Annual statistical returns and brief notes on vaccination in Bengal - 1909-1929
Year: 1909
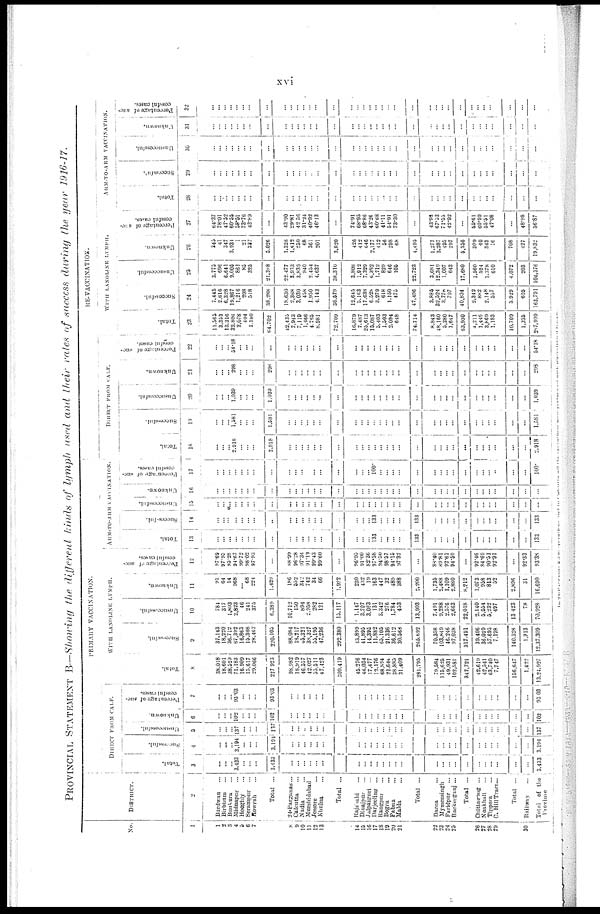
xvi
PROVINCIAL STATEMENT B—Showing the different kinds of lymph used and their rates of success during the year 1916-17.
No.
1
1
2
3
4
5 6
7
8
9
10
11
12
13
14
15
16
17
18
19
20
21
22
23
24 25
26
37
38 29
30
DISTRICT.
2
Burdwan...
Birbhum... ...
Bunkura...
Midnapur...
Hooghly...
Serampur...
Howrah... ...
Total ...
24-Parganas...
Calcutta... ...
Nadia... ...
Murshidabad...
Jessore... ...
Khulna...
Total ...
Rajshahi...
Dinajpur...
Julpaiguri...
Darjeeling...
Rangpur...
Bogra...
Pabna...
Malda... ...
Total ...
Dacca...
Mymensingh...
Faridpur...
Backerganj...
Total ...
Chittagong ...
Noakhali...
Tippera...
C.Hill Tract...
Total ...
Railway...
Total of the
Province
PRIMARY VACCINATION.
DISTRICT FROM CALF.
Total.
3
...
...
...
3,433
...
...
...
3,433
...
...
...
...
...
...
...
...
...
...
...
...
...
...
...
...
...
...
...
...
...
...
...
...
...
...
...
3,433
Successful.
4
...
...
...
3,194
...
...
...
3,191
...
...
...
...
...
...
...
...
...
...
...
...
...
...
...
...
...
...
...
...
...
...
...
...
...
...
...
3,194
Unsuccessful.
5
...
...
...
137
...
...
...
137
...
...
...
...
...
...
...
...
...
..
...
...
...
...
...
...
...
...
...
...
...
...
...
...
...
...
...
137
Unknown.
6
...
...
...
102
...
...
...
102
...
...
...
...
...
...
...
...
...
...
...
...
...
...
...
...
...
...
...
...
...
...
...
...
...
...
...
102
Percentage of suc-
cessful cases.
7
...
...
...
93.03
...
...
...
93.03
...
...
...
...
...
...
...
...
...
...
...
...
...
...
...
...
...
...
...
...
...
...
...
...
...
...
...
93.03
WITH LANOLINE LYMPH.
Total.
8
38,018
18,601
38,529
71,183
16,909
15,617
29,066
227,923
98,982
18,919
46,557
42,027
55,511
47,423
309,419
45,276
46,034
17,477
12,176
68,894
21,644
38,885
31,409
281,795
79,584
115,625
49,931
102,581
347,721
42,619
42,541
63,740
7,747
156,647
1,422
13,24,927
Successful.
9
37,143
18,220
36,712
67,392
16,863
15,308
28,467
220,105
88,084
18,217
45,321
38,327
55,195
47,236
292,380
43,899
41,895
14,395
11,882
65,105
21,336
36,612
30,566
265,692
70,358
103,849
46,246
97,038
317,491
39,406
36,029
57,695
7,198
140,328
1,313
12,37,309
Unsuccessful.
10
784
317
1,803
2,823
46
241
375
6,389
10,712
150
894
2,958
282
121
15,117
1,147
3,707
3,063
131
5,342
276
1,784
453
13,903
7,491
9,288
2,576
2,663
22,018
2,140
5,554
5,232
497
13,423
78
70,928
Unknown.
11
91
64
14
968
... 68
224
1,429
186
552
342
742
34
66
1,952
230
432
19
163
447
32
489
388
2,200
1,735
2,488
1,109
2,880
8,212
1,073
958
813
52
2,896
31
16,690
Percentage of suc-
cessful cases.
12
97.69
97.95
93.28
94.67
99.72
98.02
97.93
...
88.99
96.28
97.34
91.19
99.43
99.60
...
96.93
91.00
82.36
97.58
94.50
98.57
94.15
97.32
...
88.40
89.81
92.61
94.59
...
92.46
84.69
90.51
92.91
...
92.33
93.38
ARM-TO-ARM VACCINATION.
Total.
13
...
...
...
...
...
...
...
...
...
...
...
...
...
...
...
...
...
...
133
...
...
...
...
133
...
...
...
...
...
...
...
...
...
...
...
133
Successful.
14
...
...
...
...
...
...
...
...
...
...
...
...
...
...
...
...
...
...
133
...
...
...
...
133
...
...
...
...
...
...
...
...
...
...
...
133
Unsuccessful.
15
...
...
...
...
...
...
...
...
...
...
...
...
...
...
...
...
...
...
...
...
...
...
...
...
...
...
...
...
...
...
...
...
...
...
...
...
Unknown.
16
...
...
...
...
...
...
...
...
...
...
...
...
...
...
...
...
...
...
...
...
...
...
...
...
...
...
...
...
...
...
...
...
...
...
...
...
Percentage of suc-
cessful cases.
17
...
...
...
...
...
...
...
...
...
...
...
...
...
...
...
...
...
...
100.
...
...
...
...
...
...
...
...
...
...
...
...
...
...
...
...
100.
RE-VACCINATION.
DI RECT
FROM CALF.
Total.
18
...
...
...
2,918
...
...
...
2,918
...
...
...
...
...
...
...
...
...
...
...
...
...
...
...
...
...
...
...
...
...
...
...
...
...
...
...
2,918
Successful.
19
...
...
... 1,581
...
...
...
1,581
...
...
...
...
...
...
...
...
...
...
...
...
...
...
...
...
...
...
...
...
...
...
...
...
...
...
...
1,581
Unsuccessful.
20
...
...
...
1,039
...
...
...
1,039
...
...
...
...
...
...
...
...
...
...
...
...
...
...
...
...
...
...
...
...
...
...
...
...
...
...
...
1,039
Unknown.
21
...
...
...
298
...
...
...
298
...
...
...
...
...
...
...
...
...
...
...
...
...
...
...
...
...
...
...
...
...
...
...
...
...
...
...
293
Percentage of suc-
cessful cases.
22
...
...
...
54.18
...
...
...
...
...
...
...
...
...
...
...
...
...
...
...
...
...
...
...
...
...
...
...
...
...
...
...
...
...
...
...
54.18
WITH LANOLINE LYMPH.
Total.
23
11,565
3,353
13,316
32,806
2,078
404
1,180
64,702
42,435
7,943
7,119
1,466
4,765
8,981
72,709
16,879
7,487
25,613
15,087
5,403
1,503
2,094
648
74,714
8,843
48,160
5,280
1,647
63,930
4,211
1,445
3,869
1,183
10,709
1,235
287,999
Successful.
24
7,445
2,616
6,328
19,867
1,216
298
518
38,288
18,630
2,368
3,030
458
1,950
4,143
30,579
12,645
5,163
17,638
6,528
3,279
618
1,150
475
47,496
3,885
32,524
3,778
707
40,894
2,342
882
2,148
557
5,929
605
163,791
Unsuccessful.
25
3,775
696
6,641
9,005
861
85
325
21,388
22,477
3,953
3,839
940
2,454
4,637
38,310
3,808
1,912
7,329
6,332
1,712
829
646
106
22,723
3,681
12,349
1,007
643
17,680
1,560
524
1,378
610
4,072
203
104,376
Unknown.
26
345
41
347
3,934
1
21
337
5,026
1,328
1,612 250
68
361
201
3,820
426
412
646
2,177
412
56
298
68
4,495
1,277
3,287
495
297
5,356
309
40
343
16
708
427
19,832
Percentage of suc-
cessful cases.
27
64.37
78.01
47.52
60.56
58.51
73.76
43.89
...
43.90
29.81
42.56
31.24
40.92
46.13
...
74.91
68.95
68.86
43.26
60.68
41.11
54.91
73.30
...
43.93
67.53
71.55
42.92
...
55.61
60.99
55.51
47.08
...
48.98
56.87
ARM-TO-ARM VACCINATION.
Total.
28
...
...
...
...
...
...
...
...
...
...
...
...
...
...
...
...
...
...
...
...
...
...
...
...
...
...
...
...
...
...
...
...
...
...
...
...
Successfu1.
29
...
...
...
...
...
...
...
...
...
...
...
...
...
...
...
...
...
...
...
...
...
...
...
...
...
...
...
...
...
...
...
...
...
...
...
...
Unsuccessful.
30
...
...
...
...
...
...
...
...
...
...
...
...
...
...
...
...
...
...
...
...
...
...
...
...
...
...
...
...
...
...
...
...
...
...
...
...
Unknown.
31
...
...
...
...
...
...
...
...
...
...
...
...
...
...
...
...
...
...
...
...
...
...
...
...
...
...
...
...
...
...
...
...
...
...
...
...
Percentage of suc-
cessful cases.
32
...
...
...
...
...
...
...
...
...
...
...
...
...
...
...
...
...
...
...
...
...
...
...
...
...
...
...
...
...
...
...
...
...
...
...
...
In 24-Pargana- 2,216 operations and in Calcutta all the operation were performed with glycerinated lymph.